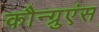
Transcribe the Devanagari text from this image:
कौन्ग्रुएंस